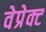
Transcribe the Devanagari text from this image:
वेप्रेक्ट